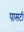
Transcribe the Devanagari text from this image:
पासटी